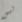
ليس